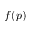
f ( p )